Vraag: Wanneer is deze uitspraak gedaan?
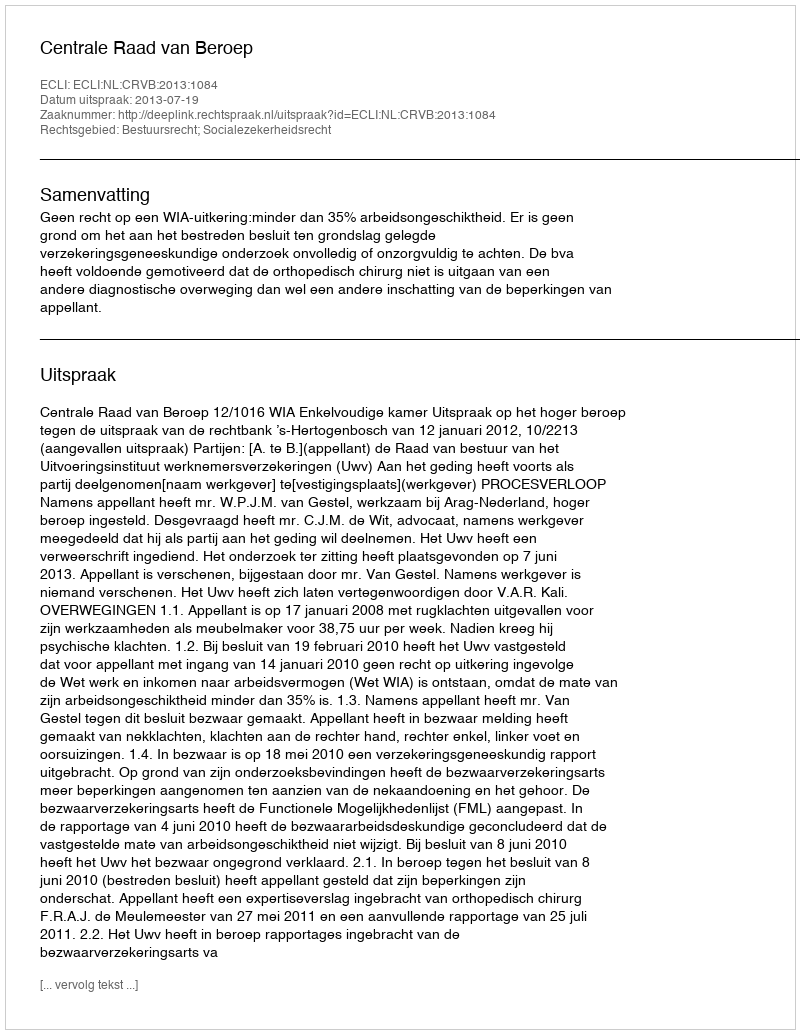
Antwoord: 2013-07-19